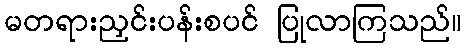
မတရားညှင်းပန်းစပင် ပြုလာကြသည်။